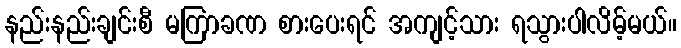
နည်းနည်းချင်းစီ မကြာခဏ စားပေးရင် အကျင့်သား ရသွားပါလိမ့်မယ်။